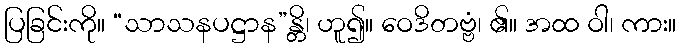
ပြခြင်းကို။ “သာသနပဋ္ဌာန”န္တိ၊ ဟူ၍။ ဝေဒိတဗ္ဗံ၊ ၏။ အထ ဝါ၊ ကား။